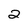
Character: 2